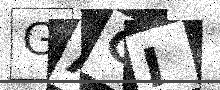
Text: GAGI